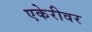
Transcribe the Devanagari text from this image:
एकेरीवर